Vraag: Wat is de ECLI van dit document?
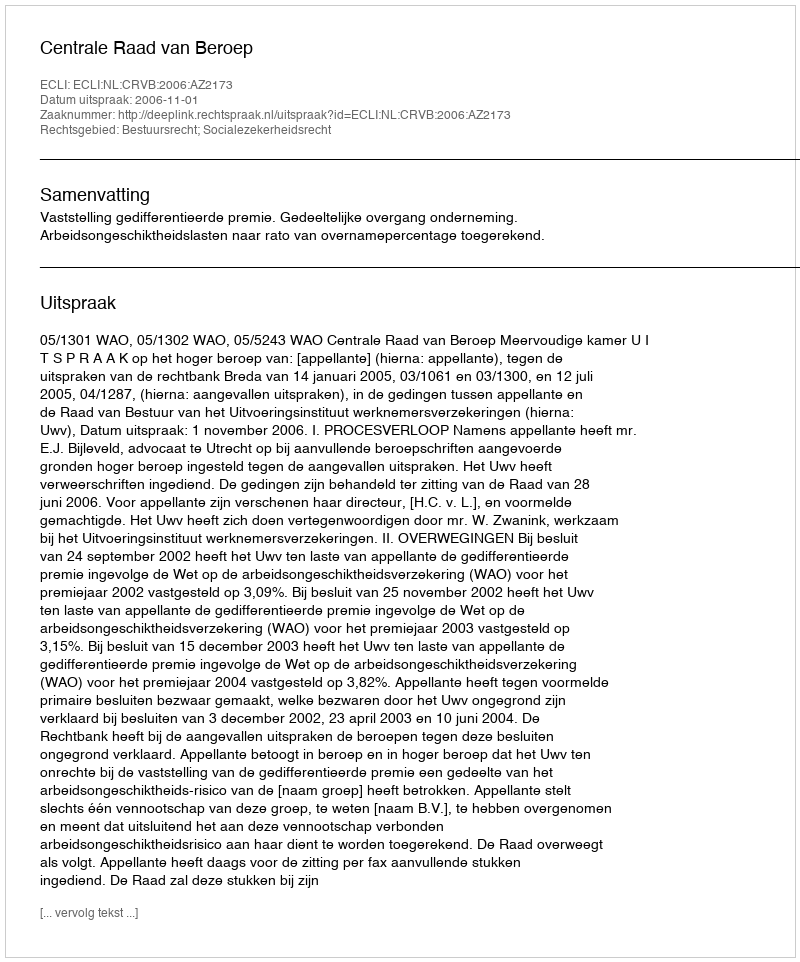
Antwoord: ECLI:NL:CRVB:2006:AZ2173